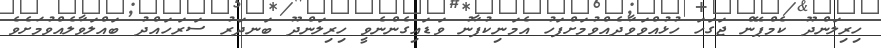
ހިރިލަންދޫ ކެމްޕޭން ޖަގަހަ ހުޅުއްވަވާދެއްވުމަށްފަހު އެމަނިކުފާނު ވަޑައިގެންނެވީ ހިރިލަންދޫ ބަނދަރު ސަރަހައްދު ބައްލަވާލެއްވުމަށެވެ